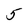
Character: 5